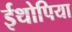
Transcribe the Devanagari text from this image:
ईथोपिया